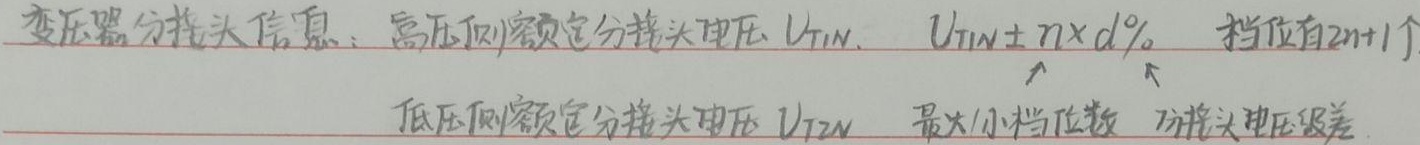
变压器分接头信息：高压侧额定分接头电压\(U_{T1N}\)，\(U_{T1N}\pm n\times d\%\)，挡位有\(2n + 1\)个。